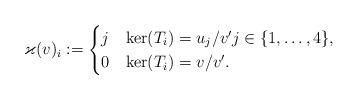
LaTeX: \begin{align*}\varkappa(v)_i:=\begin{cases}j & \ker(T_i)=u_j/v^\prime j\in\lbrace 1,\ldots,4\rbrace , \\0 & \ker(T_i)=v/v^\prime .\end{cases}\end{align*}